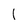
Character: 1